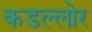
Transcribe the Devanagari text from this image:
कडल्लोर